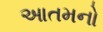
આતમનો